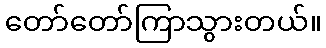
တော်တော်ကြာသွားတယ်။